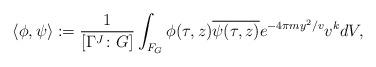
LaTeX: \begin{align*} \langle \phi , \psi\rangle := \frac{1}{[\Gamma^J \colon G]} \int_{F_G} \phi(\tau,z) \overline{\psi(\tau,z)} e^{- 4 \pi m y^2/v} v^k dV, \end{align*}